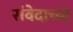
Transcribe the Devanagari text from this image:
संवेदाच्या